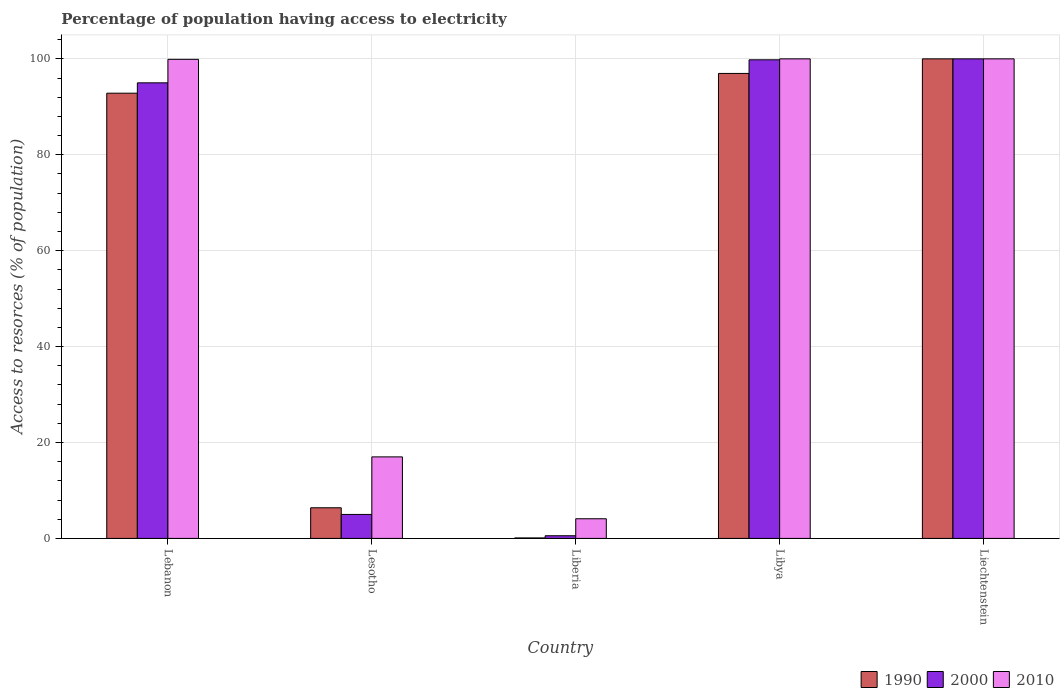
| Country | 1990 | 2000 | 2010 |
 | --- | --- | --- | --- |
 | Lebanon | 92.8 | 95 | 99.9 |
 | Lesotho | 6.39 | 5 | 17 |
 | Liberia | 0.1 | 0.556 | 4.1 |
 | Libya | 97 | 99.8 | 100 |
 | Liechtenstein | 100 | 100 | 100 |